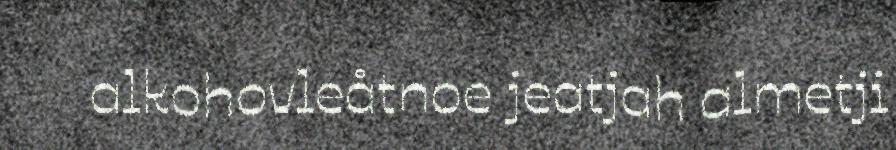
alkohovleåtnoe jeatjah almetji